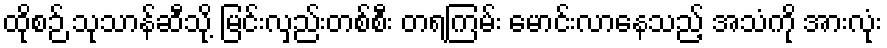
ထိုစဉ် သုသာန်ဆီသို့ မြင်းလှည်းတစ်စီး တရကြမ်း မောင်းလာနေသည့် အသံကို အားလုံး